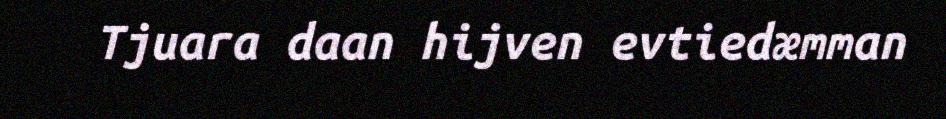
Tjuara daan hijven evtiedæmman